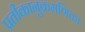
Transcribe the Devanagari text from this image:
प्रतीकानुक्रमणिका